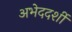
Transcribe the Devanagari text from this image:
अभेददर्शी